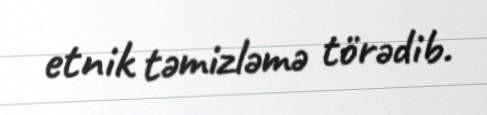
etnik təmizləmə törədib.